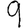
Digit: 9